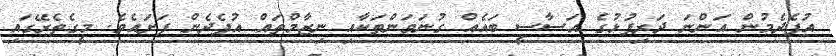
އުފެދެމުން އަންނަ ދަރިފުޅުގެ އަސާސީ ބައެއް ގުނަވަންތަކާއި ނިޒާމްތައް އުފެދެން ފަށައެވެ. މީގެތެރޭގައި